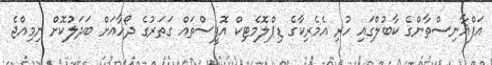
އަފްޣާނިސްތާންގެ ކާބުލްގައި ހުރި އެމެރިކާގެ ޑިޕްލޮމެޓިކް އޮފީސްތައް ގަތަރުގެ ދޯހާއަށް ބަދަލުކޮށް ނިމިއްޖެ